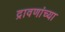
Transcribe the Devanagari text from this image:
द्रावणांच्या